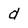
Character: d